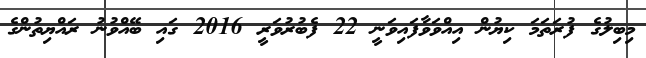
މިބިލުގެ ފުރަތަމަ ކިޔުން އިއްވަވާފައިވަނީ 22 ފެބުރުވަރީ 2016 ގައި ބޭއްވުނު ރައްޔިތުންގެ